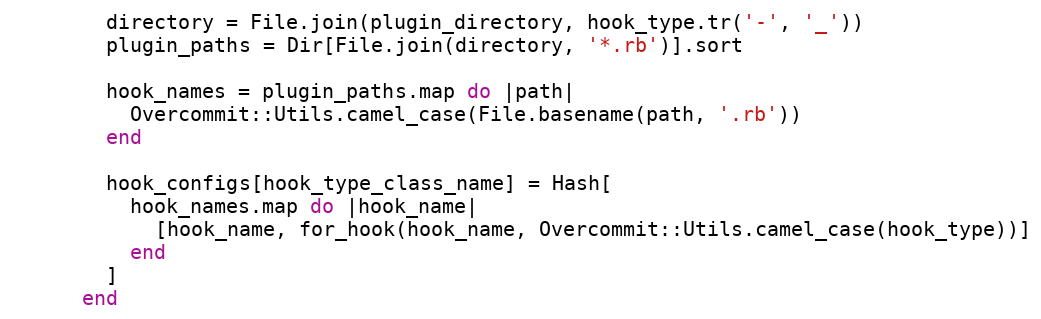
Language: Ruby
        directory = File.join(plugin_directory, hook_type.tr('-', '_'))
        plugin_paths = Dir[File.join(directory, '*.rb')].sort

        hook_names = plugin_paths.map do |path|
          Overcommit::Utils.camel_case(File.basename(path, '.rb'))
        end

        hook_configs[hook_type_class_name] = Hash[
          hook_names.map do |hook_name|
            [hook_name, for_hook(hook_name, Overcommit::Utils.camel_case(hook_type))]
          end
        ]
      end